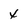
Character: x